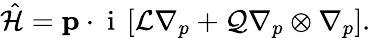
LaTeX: {\hat{\cal H}}={\mathbf p}\cdot\mathrm{~i~}\left[{\cal L}\nabla_{p}+{\cal Q}\nabla_{p}\otimes\nabla_{p}\right].